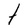
Character: t